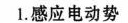
1.感应电动势